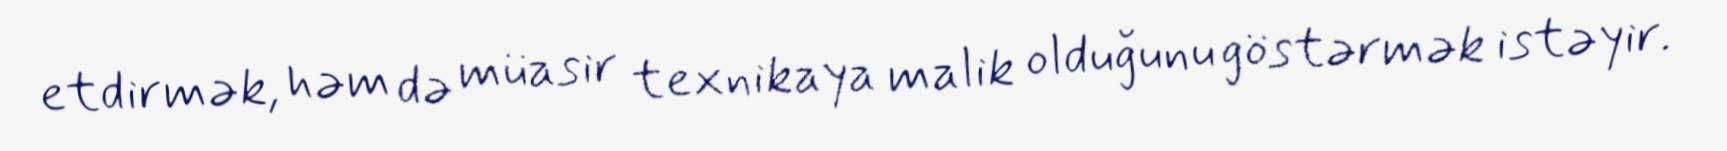
etdirmək, həm də müasir texnikaya malik olduğunu göstərmək istəyir.